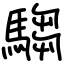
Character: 騶